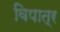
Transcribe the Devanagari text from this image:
विपात्र